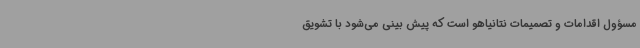
مسؤول اقدامات و تصمیمات نتانیاهو است که پیش بینی می‌شود با تشویق